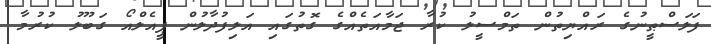
ފަލަސްޠީނުގެ ރައްޔިތުން ތަމްސީލު ކުރާ ޖަމާއަތެއްގެ ގޮތުގައި އަލިފުދާލުން ޕީއެލްއޯ ގަބޫލު ކުރުމާ